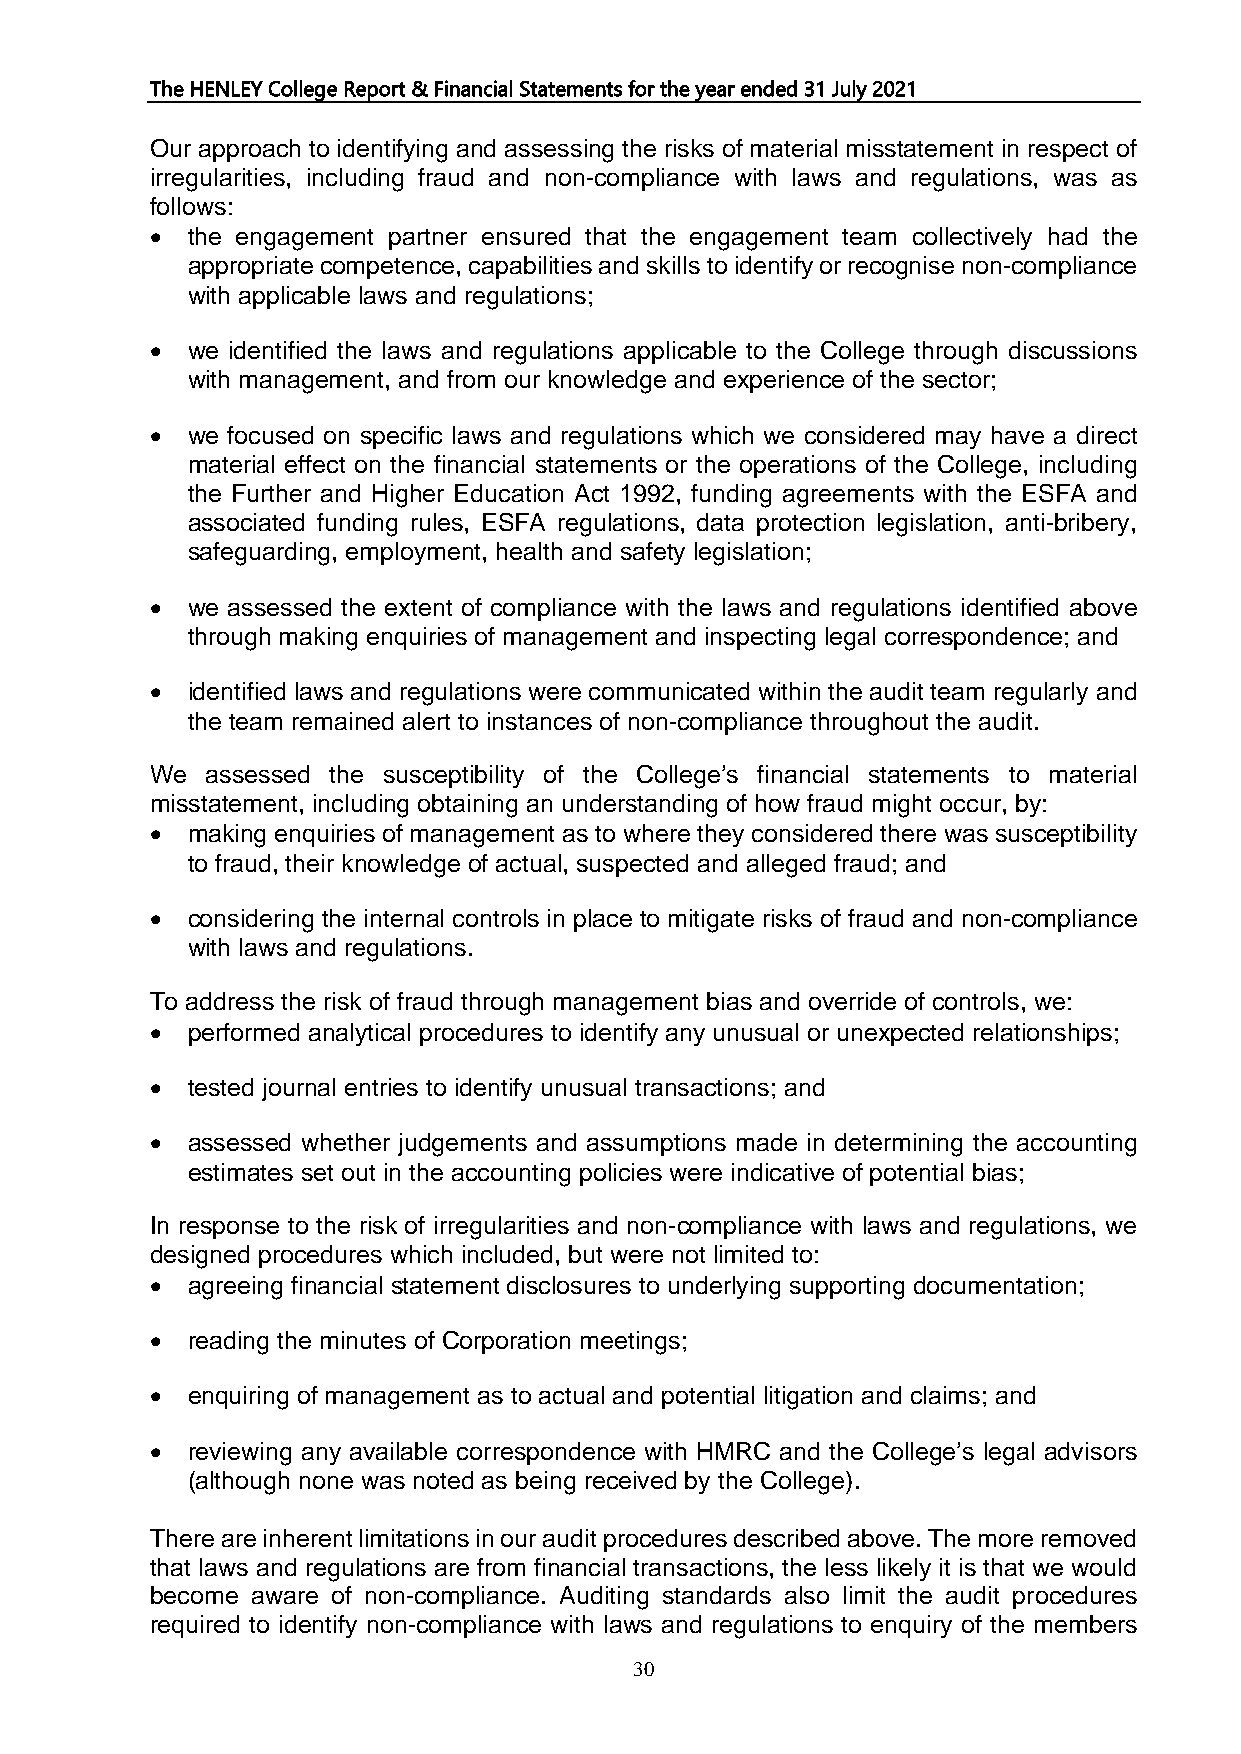
The HENLEY College Report & Financial Statements for the year ended 31 July 2021
 Our approach to identifying and assessing the risks of material misstatement in respect of
 irregularities, including fraud and non-compliance with laws and regulations, was as
 follows:
 • the engagement partner ensured that the engagement team collectively had the
 appropriate competence, capabilities and skills to identify or recognise non-compliance
 with applicable laws and regulations;
 • we identified the laws and regulations applicable to the College through discussions
 with management, and from our knowledge and experience of the sector;
 • we focused on specific laws and regulations which we considered may have a direct
 material effect on the financial statements or the operations of the College, including
 the Further and Higher Education Act 1992, funding agreements with the ESFA and
 associated funding rules, ESFA regulations, data protection legislation, anti-bribery,
 safeguarding, employment, health and safety legislation;
 • we assessed the extent of compliance with the laws and regulations identified above
 through making enquiries of management and inspecting legal correspondence; and
 • identified laws and regulations were communicated within the audit team regularly and
 the team remained alert to instances of non-compliance throughout the audit.
 We  assessed the susceptibility of the College’s financial statements to material
 misstatement, including obtaining an understanding of how fraud might occur, by:
 • making enquiries of management as to where they considered there was susceptibility
 to fraud, their knowledge of actual, suspected and alleged fraud; and
 • considering the internal controls in place to mitigate risks of fraud and non-compliance
 with laws and regulations.
 To address the risk of fraud through management bias and override of controls, we:
 • performed analytical procedures to identify any unusual or unexpected relationships;
 • tested journal entries to identify unusual transactions; and
 • assessed whether judgements and assumptions made in determining the accounting
 estimates set out in the accounting policies were indicative of potential bias;
 In response to the risk of irregularities and non-compliance with laws and regulations, we
 designed procedures which included, but were not limited to:
 • agreeing financial statement disclosures to underlying supporting documentation;
 • reading the minutes of Corporation meetings;
 • enquiring of management as to actual and potential litigation and claims; and
 • reviewing any available correspondence with HMRC and the College’s legal advisors
 (although none was noted as being received by the College).
 There are inherent limitations in our audit procedures described above. The more removed
 that laws and regulations are from financial transactions, the less likely it is that we would
 become aware of non-compliance. Auditing standards also limit the audit procedures
 required to identify non-compliance with laws and regulations to enquiry of the members
 30